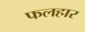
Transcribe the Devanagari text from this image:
फलहार